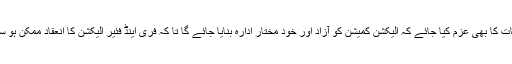
اس بات کا بھی عزم کیا جائے کہ الیکشن کمیشن کو آزاد اور خود مختار ادارہ بنایا جائے گا تا کہ فری اینڈ فئیر الیکشن کا انعقاد ممکن ہو سکے۔